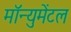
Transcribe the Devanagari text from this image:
मॉन्युमेंटल